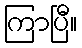
ကြာပြီ။